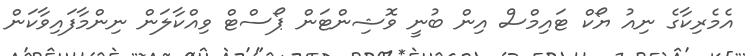
އެމެރިކާގެ ނިއު ޔޯކް ޓައިމްސް އިން ބުނީ ވޮޝިންޓަން ޕޯސްޓް ވިއްކާލަން ނިންމާފައިވާކަން